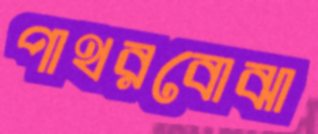
পাথরবোঝা